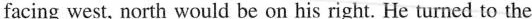
facing west, north would be on his right. He turned to the